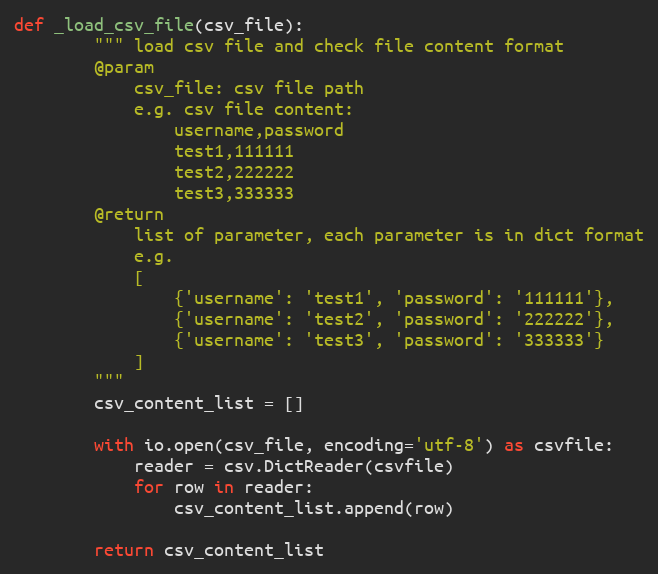
Language: Python
def _load_csv_file(csv_file):
        """ load csv file and check file content format
        @param
            csv_file: csv file path
            e.g. csv file content:
                username,password
                test1,111111
                test2,222222
                test3,333333
        @return
            list of parameter, each parameter is in dict format
            e.g.
            [
                {'username': 'test1', 'password': '111111'},
                {'username': 'test2', 'password': '222222'},
                {'username': 'test3', 'password': '333333'}
            ]
        """
        csv_content_list = []

        with io.open(csv_file, encoding='utf-8') as csvfile:
            reader = csv.DictReader(csvfile)
            for row in reader:
                csv_content_list.append(row)

        return csv_content_list